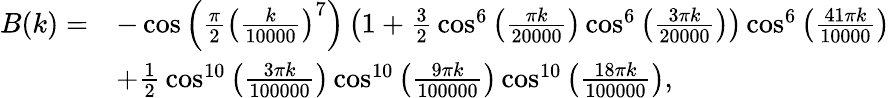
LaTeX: {\begin{array}{rl}{B(k)=}&{-\cos\left({\frac{\pi}{2}}\left({\frac{k}{10000}}\right)^{7}\right)\left(1+{\frac{3}{2}}\cos^{6}\left({\frac{\pi k}{20000}}\right)\cos^{6}\left({\frac{3\pi k}{20000}}\right)\right)\cos^{6}\left({\frac{41\pi k}{10000}}\right)}\\ &{+{\frac{1}{2}}\cos^{10}\left({\frac{3\pi k}{100000}}\right)\cos^{10}\left({\frac{9\pi k}{100000}}\right)\cos^{10}\left({\frac{18\pi k}{100000}}\right),}\end{array}}